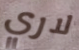
لاري